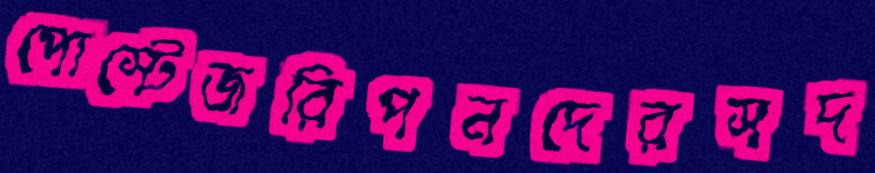
পোস্টেজরিপনদেরসদ